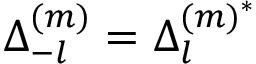
\Delta _ { - l } ^ { ( m ) } = \Delta _ { l } ^ { ( m ) ^ { \ast } }